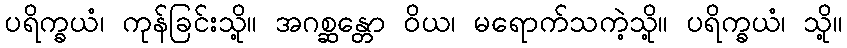
ပရိက္ခယံ၊ ကုန်ခြင်းသို့။ အဂစ္ဆန္တော ဝိယ၊ မရောက်သကဲ့သို့။ ပရိက္ခယံ၊ သို့။